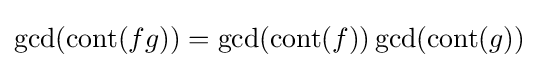
\operatorname {gcd} (\operatorname {cont} (fg))=\operatorname {gcd} (\operatorname {cont} (f))\operatorname {gcd} (\operatorname {cont} (g))